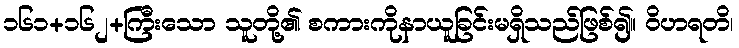
၁၆၁+၁၆၂+ကြီးသော သူတို့၏ စကားကိုနာယူခြင်းမရှိသည်ဖြစ်၍။ ဝိဟရတိ၊